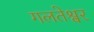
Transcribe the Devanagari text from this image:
गलतेश्वर